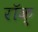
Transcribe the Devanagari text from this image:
रॉक्‍